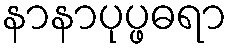
နာနာပုပ္ဖဓရာ